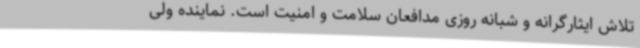
تلاش ایثارگرانه و شبانه روزی مدافعان سلامت و امنیت است. نماینده ولی